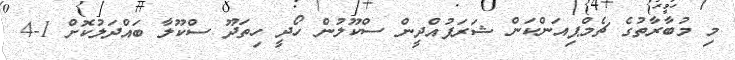
މި މުބާރާތުގެ ޗެމްޕިއަންކަން ޝަރަފުއްދީން ސްކޫލުން ހޯދީ ހިތަދޫ ސްކޫލާ ބައްދަލުކޮށް 1-4